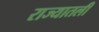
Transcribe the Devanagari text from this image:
राज्यातली